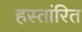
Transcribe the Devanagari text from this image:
हस्तांरित